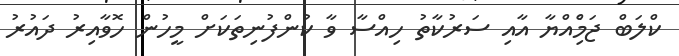
ކްލަބް ޖަމްެިއްޔާ އާއި ސަރުކާތު ހިއްސާ ވާ ކުންފުނިތަކަށް މީހުން ހޮވާއިރު ދައުރު